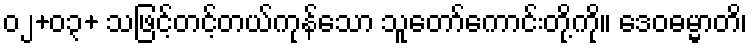
၀၂+၀၃+ သဖြင့်တင့်တယ်ကုန်သော သူတော်ကောင်းတို့ကို။ ဒေဝဓမ္မာတိ၊